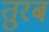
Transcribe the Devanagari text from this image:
तुरब